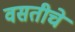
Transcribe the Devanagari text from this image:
वसतीचे